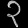
Digit: ၃